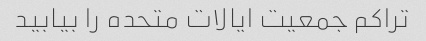
تراکم جمعیت ایالات متحده را بیابید